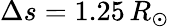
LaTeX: \Delta s=1.25\, R_{\odot}